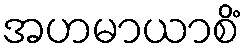
အဟမာယာစိံ